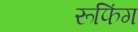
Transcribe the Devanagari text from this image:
रूफिंग